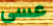
عسى